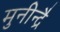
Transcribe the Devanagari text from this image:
मुनीन्द्रै